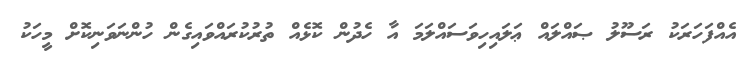
އެއްފަހަރަކު ރަސޫލު ޞައްލައް ޢަލައިހިވަސައްލަމަ އާ ހެދުން ކޮޅެއް ތުރުކުރައްވައިގެން ހުންނަވަނިކޮށް މީހަކު